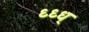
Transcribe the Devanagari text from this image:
ध्ध्ध्